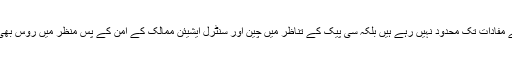
افغانستان کے معاملات اب محض امریکہ کے مفادات تک محدود نہیں رہے ہیں بلکہ سی پیک کے تناظر میں چین اور سنٹرل ایشیئن ممالک کے امن کے پس منظر میں روس بھی اب اس گیم یا کوششوں کا حصہ بن چکا ہے۔